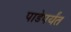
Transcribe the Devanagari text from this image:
पाडेपर्यंत